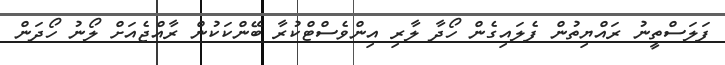
ފަލަސްތީނު ރައްޔިތުން ފެލައިގެން ހޯދާ ލާރި އިންވެސްޓްކުރާ ބޭންކަކުން ރާއްޖެއަށް ލޯނު ހޯދަން